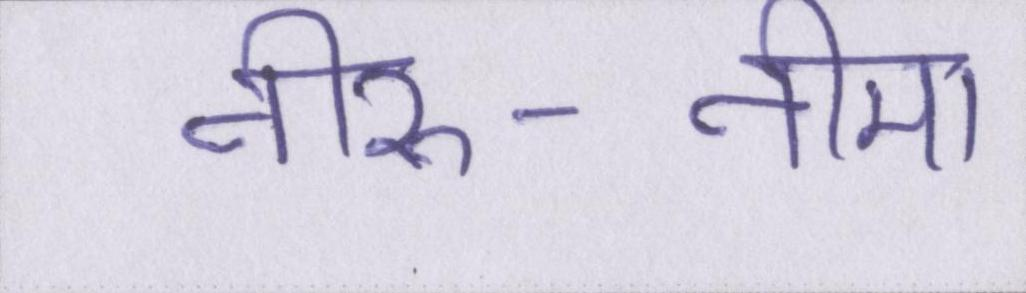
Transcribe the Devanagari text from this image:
नीरु-नीमा